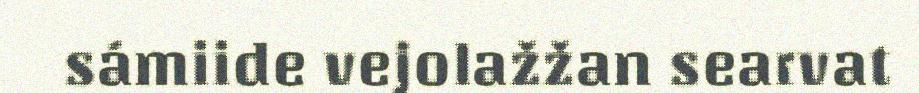
sámiide vejolažžan searvat